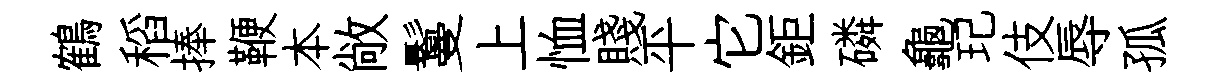
鶴稻捧鞭本敞鬘上恤賤平它鉅磷龜玘伎辱孤